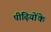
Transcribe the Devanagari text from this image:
पीढ़ियोंके